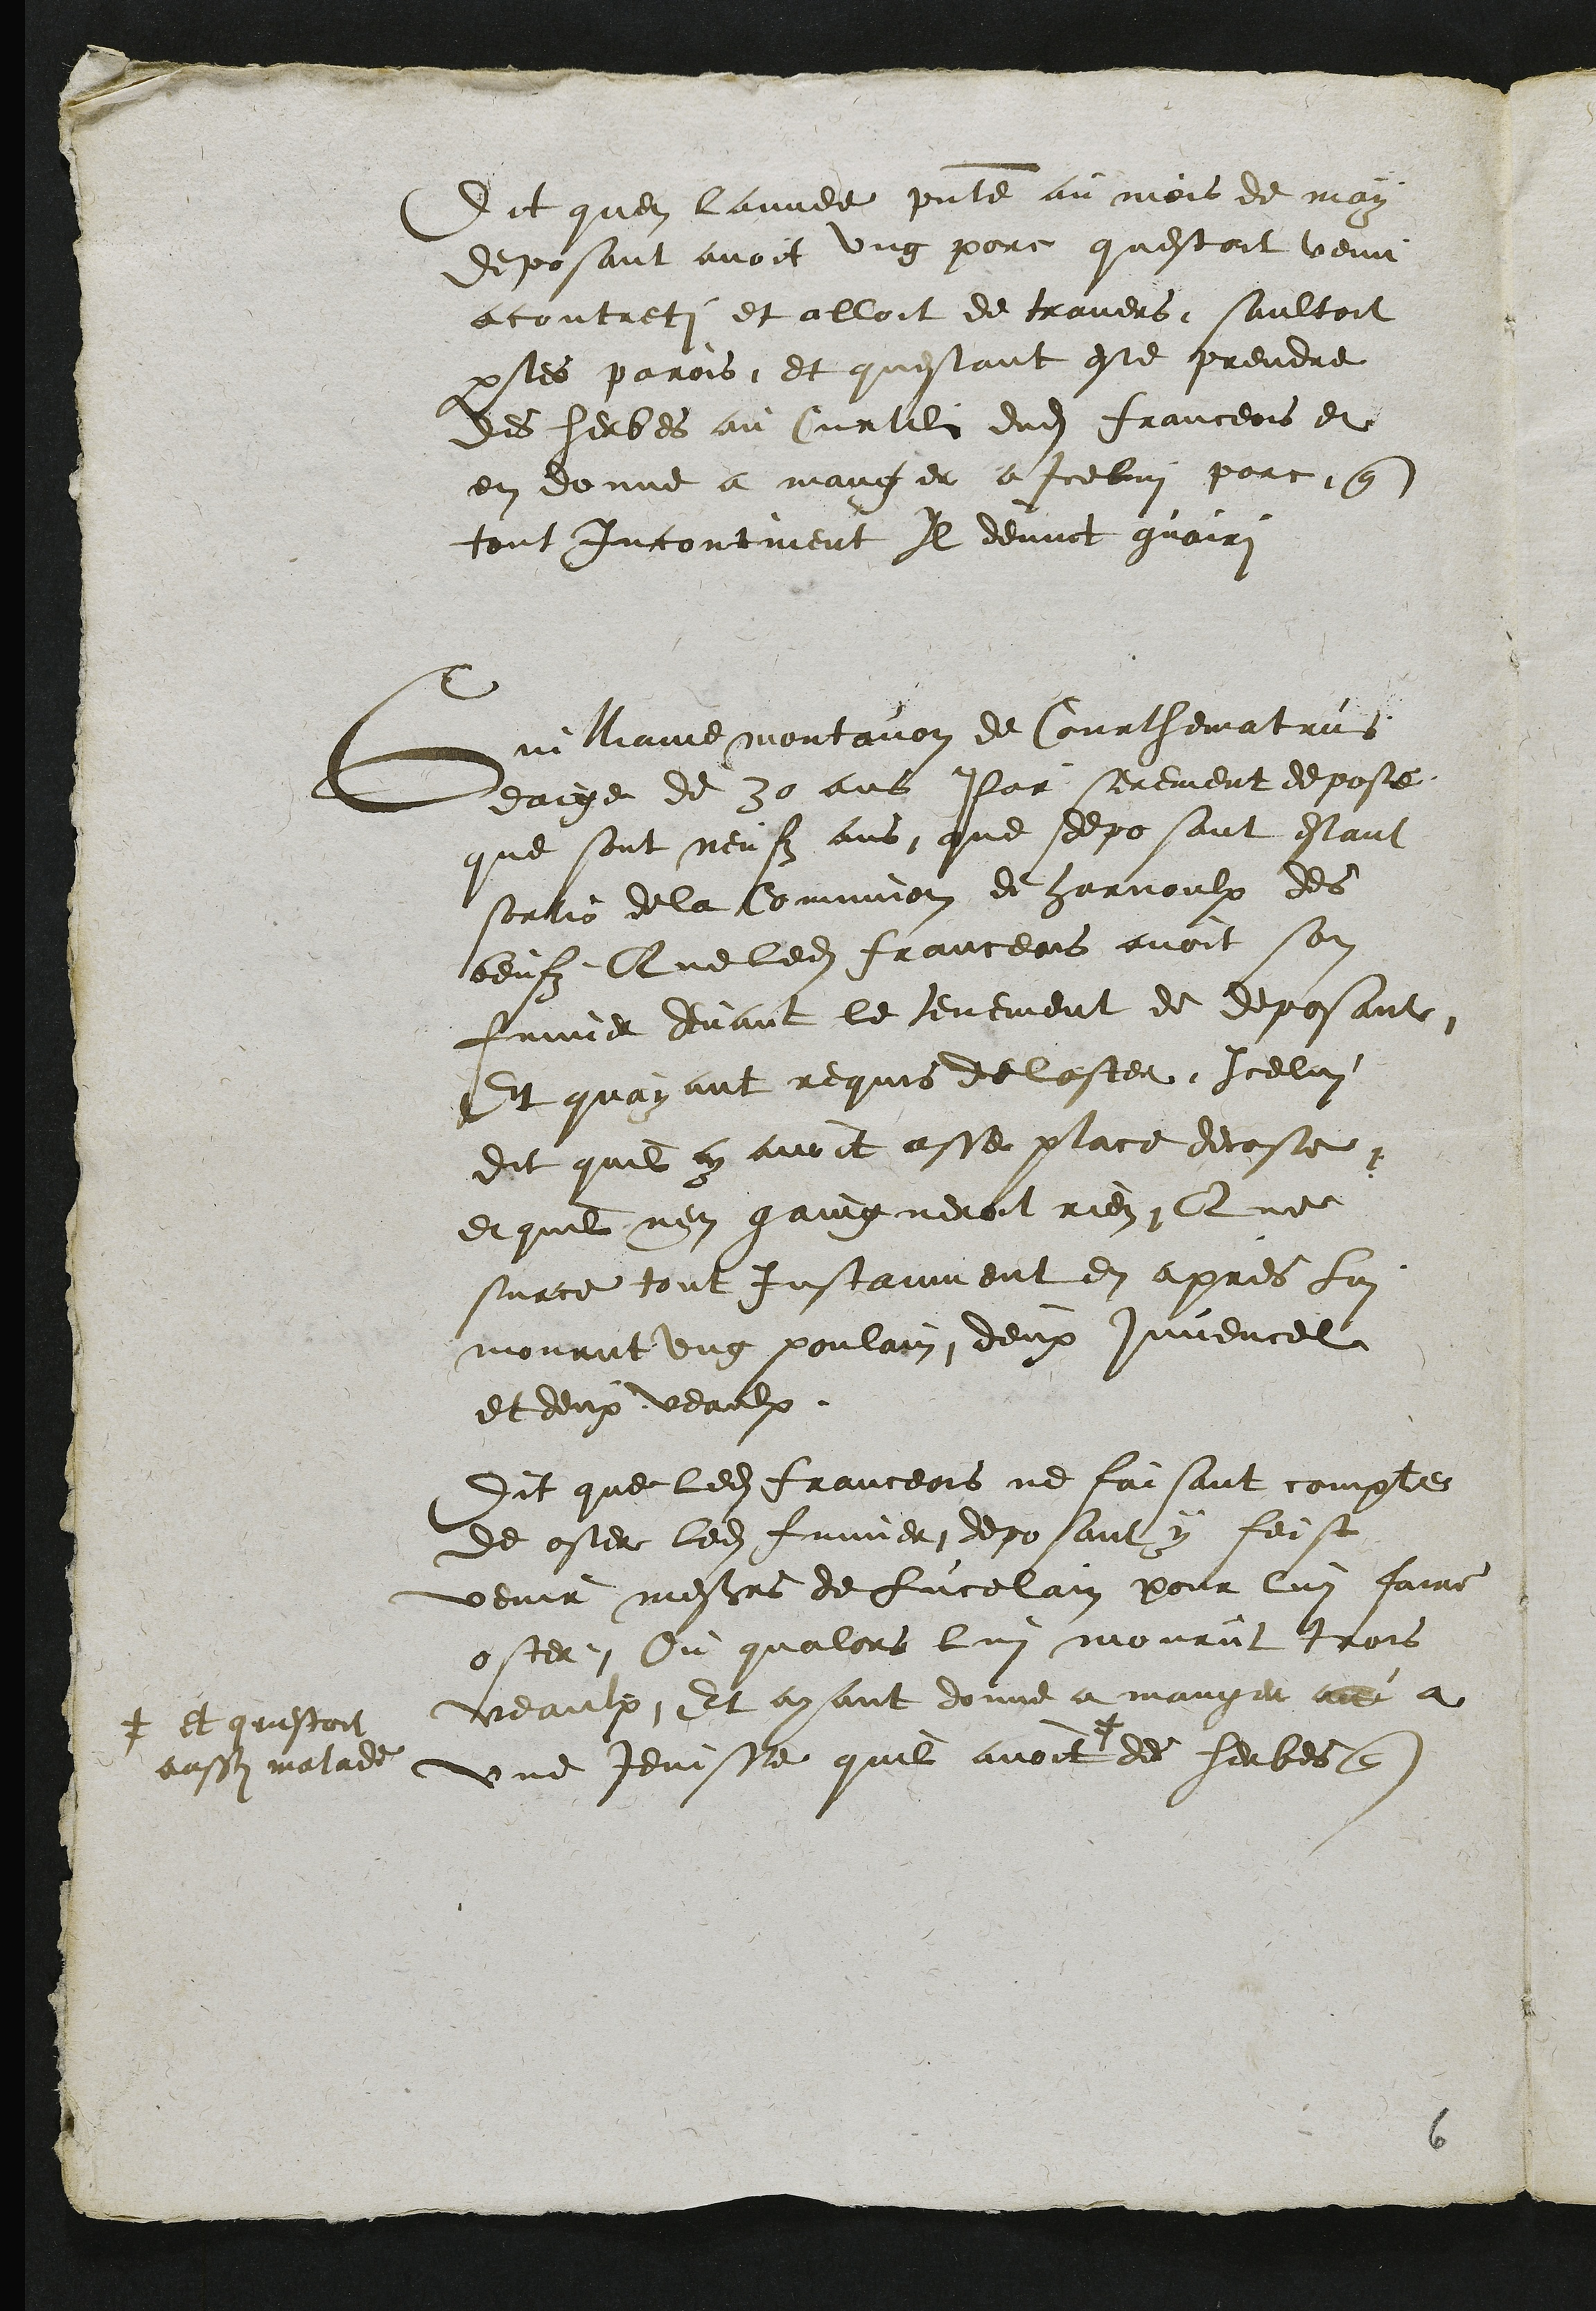
Dit quen lannee presente au mois de may
deposant avoit ung pore questoit venu
accontreti et alloit de travers, saultoit
par les parois et questant este prendre
des herbes au Curtil dudit franceois et
en donne a manger a Icelui porc que
tout incontinent Il devint guairi
Guilliame montavon de Courthematrus
eaige de 30 ans Par serement depose
que sont neufz ans que deposant estant
sortis de la Comunion de Harnoulx des
beufz Que ledit franceois avoit son
fumier devant le tenement de deposant
Et quayant requis de loster Icelui
Dit quil y avoit asse place decoste
et quil nen gaingneroit rien Que
surce tout Instanment en apres lui
mourut ung poulain, deux juvencel
et deux veaulx
Dit que ledit franceois ne faisant compte
de oster ledit fumier deposant y feist
venir messieurs de Lucelain pour lui faire
oster Ou qualors lui mourut trois
veaulx Et ayant donne a manger au a
une Jenisse quil avoit #
# et questoit
aussi malade
des herbes